Annual report on the mental hospital in the Central Provinces and Berar (Nagpur) - 1927-1951
Year: 1927
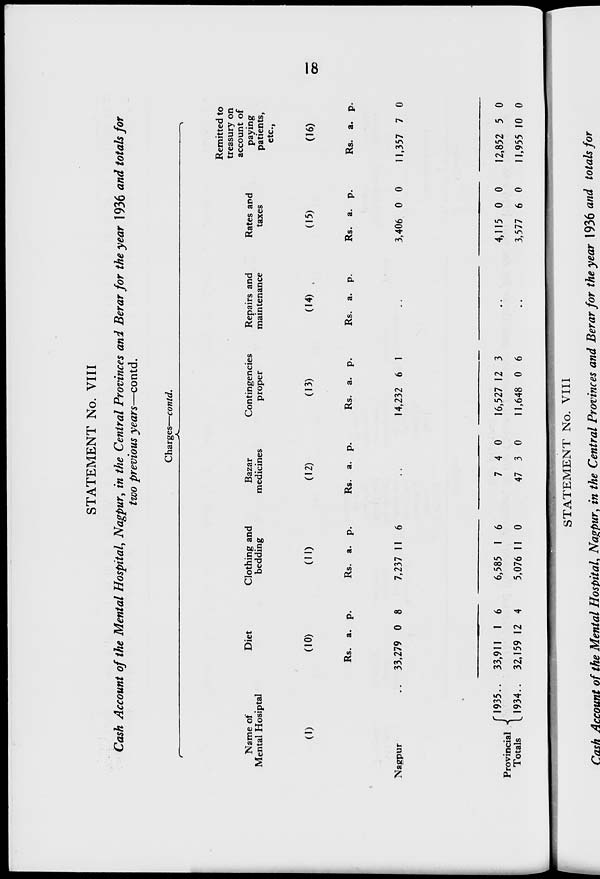
18
STATEMENT No. VIII
Cash Account of the Mental Hospital, Nagpur, in the Central Provinces and Berar for the year 1936 and totals for
two previous years—contd.
Charges—contd.
Name of
Mental Hosiptal
(1)
Nagpur ..
Provincial
Totals
1935..
1934..
Diet
(10)
Rs.
33,279
33,911
32,159
a.
0
1
12
p.
8
6
4
Clothing and
bedding
(11)
Rs.
7,235
6,585
5,076
a.
11
1
11
p.
6
6
0
Bazar
medicines
(12)
Rs.
a. p.
..
7
47
4
3
0
0
Contingencies
proper
(13)
Rs.
14,232
16,527
11,648
a.
6
12
0
p.
1
3
6
Repairs and
maintenance
(14)
Rs. a. p.
..
..
..
Rates and
taxes
(15)
Rs.
3,406
4,115
3,577
a.
0
0
6
p.
0
0
0
Remitted to
treasury on
account of
paying
patients,
etc.,
(16)
Rs.
11,357
12,852
11,955
a.
7
5
10
p.
0
0
0